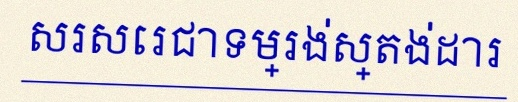
សរសេរជាទម្រង់ស្តង់ដារ